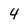
Character: 4